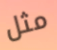
مثل